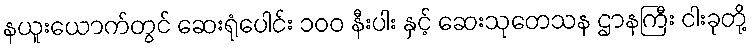
နယူးယောက်တွင် ဆေးရုံပေါင်း ၁၀၀ နီးပါး နှင့် ဆေးသုတေသန ဌာနကြီး ငါးခုတို့